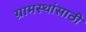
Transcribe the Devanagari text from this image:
ग्रामस्थांसाठी